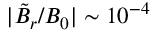
| \tilde { B } _ { r } / B _ { 0 } | \sim 1 0 ^ { - 4 }